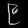
Digit: ၉